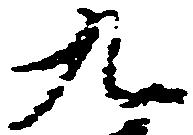
九